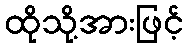
ထိုသို့အားဖြင့်